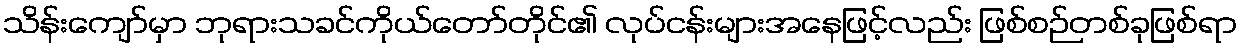
သိန်းကျော်မှာ ဘုရားသခင်ကိုယ်တော်တိုင်၏ လုပ်ငန်းများအနေဖြင့်လည်း ဖြစ်စဉ်တစ်ခုဖြစ်ရာ